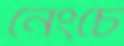
নেংচে